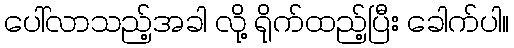
ပေါ်လာသည့်အခါ လို့ ရိုက်ထည့်ပြီး ခေါက်ပါ။